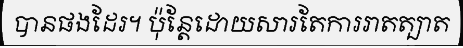
បានផងដែរ។ ប៉ុន្តែដោយសារតែការរាតត្បាត